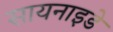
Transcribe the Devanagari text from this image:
सायनाइडे